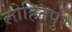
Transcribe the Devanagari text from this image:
लोहितपुर